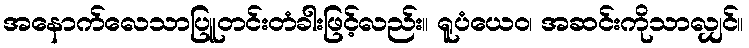
အနောက်လေသာပြူတင်းတံခါးဖြင့်လည်း။ ရူပံယေဝ၊ အဆင်းကိုသာလျှင်။